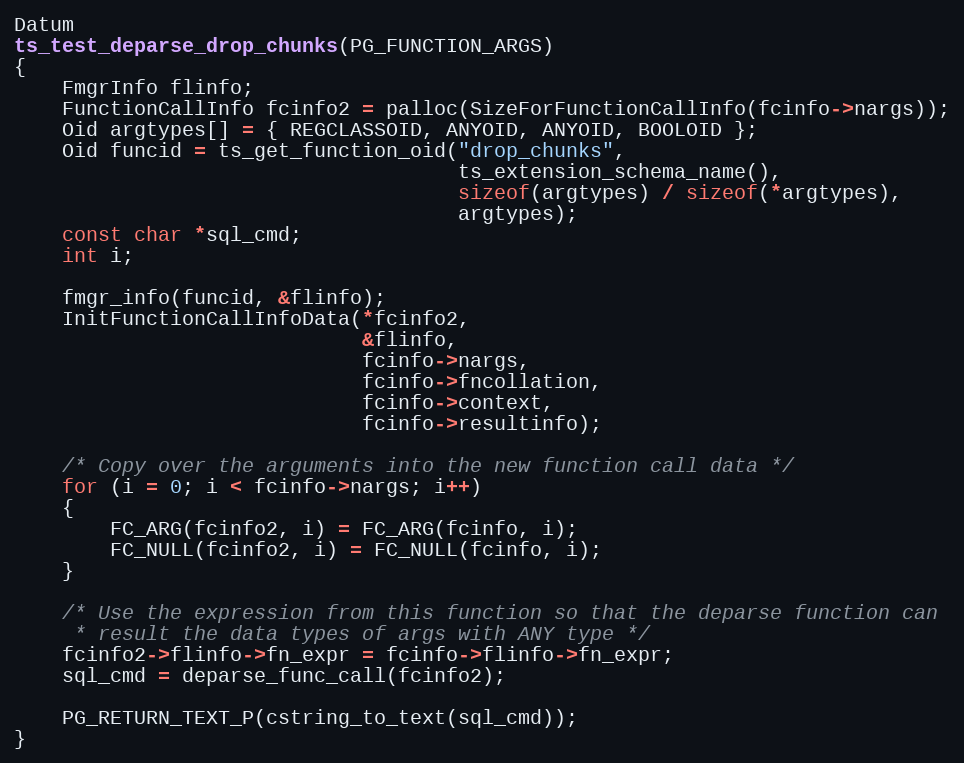
Language: C
Datum
ts_test_deparse_drop_chunks(PG_FUNCTION_ARGS)
{
	FmgrInfo flinfo;
	FunctionCallInfo fcinfo2 = palloc(SizeForFunctionCallInfo(fcinfo->nargs));
	Oid argtypes[] = { REGCLASSOID, ANYOID, ANYOID, BOOLOID };
	Oid funcid = ts_get_function_oid("drop_chunks",
									 ts_extension_schema_name(),
									 sizeof(argtypes) / sizeof(*argtypes),
									 argtypes);
	const char *sql_cmd;
	int i;

	fmgr_info(funcid, &flinfo);
	InitFunctionCallInfoData(*fcinfo2,
							 &flinfo,
							 fcinfo->nargs,
							 fcinfo->fncollation,
							 fcinfo->context,
							 fcinfo->resultinfo);

	/* Copy over the arguments into the new function call data */
	for (i = 0; i < fcinfo->nargs; i++)
	{
		FC_ARG(fcinfo2, i) = FC_ARG(fcinfo, i);
		FC_NULL(fcinfo2, i) = FC_NULL(fcinfo, i);
	}

	/* Use the expression from this function so that the deparse function can
	 * result the data types of args with ANY type */
	fcinfo2->flinfo->fn_expr = fcinfo->flinfo->fn_expr;
	sql_cmd = deparse_func_call(fcinfo2);

	PG_RETURN_TEXT_P(cstring_to_text(sql_cmd));
}